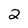
Character: 2